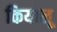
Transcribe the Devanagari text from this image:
कियालू